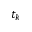
t _ { k }